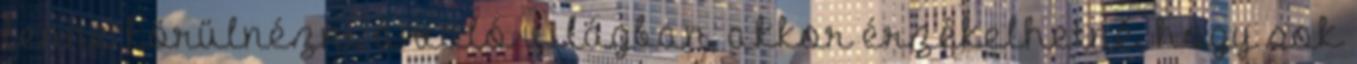
lenne körülnézni a való világban, akkor érzékelhetné, hogy sok